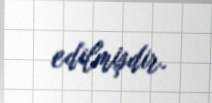
edilmişdir.